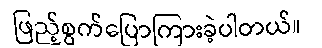
ဖြည့်စွက်ပြောကြားခဲ့ပါတယ်။